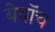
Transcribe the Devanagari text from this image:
बेवॉच